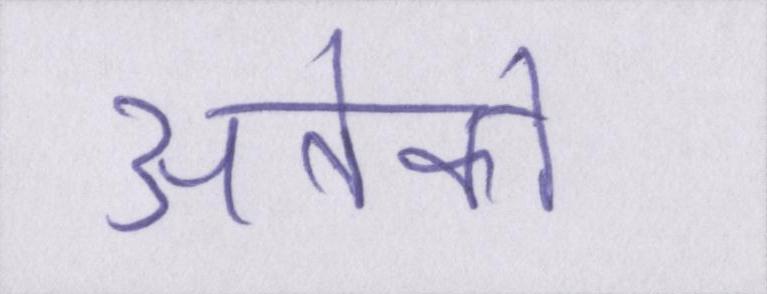
अनेको